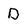
Character: D